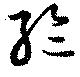
綸